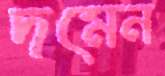
দমেন